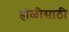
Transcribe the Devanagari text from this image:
होळीसाठी